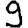
Digit: 9